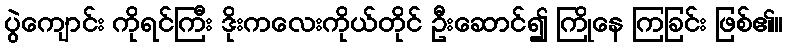
ပွဲကျောင်း ကိုရင်ကြီး ဒိုးကလေးကိုယ်တိုင် ဦးဆောင်၍ ကြိုနေ ကြခြင်း ဖြစ်၏။